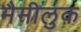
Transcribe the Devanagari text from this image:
मैमीलुक